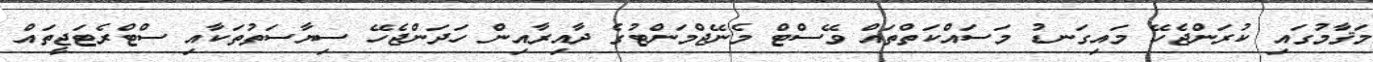
މަޤާމުގައި ކުރަންޖެހޭ މައިގަނޑު މަސައްކަތްތައް ވޭސްޓް މެނޭޖްމަންޓުގެ ދާއިރާއިން ހަދަންޖެހޭ ސިޔާސަތުތަކާއި ސްޓްރެޓަޖީތައް